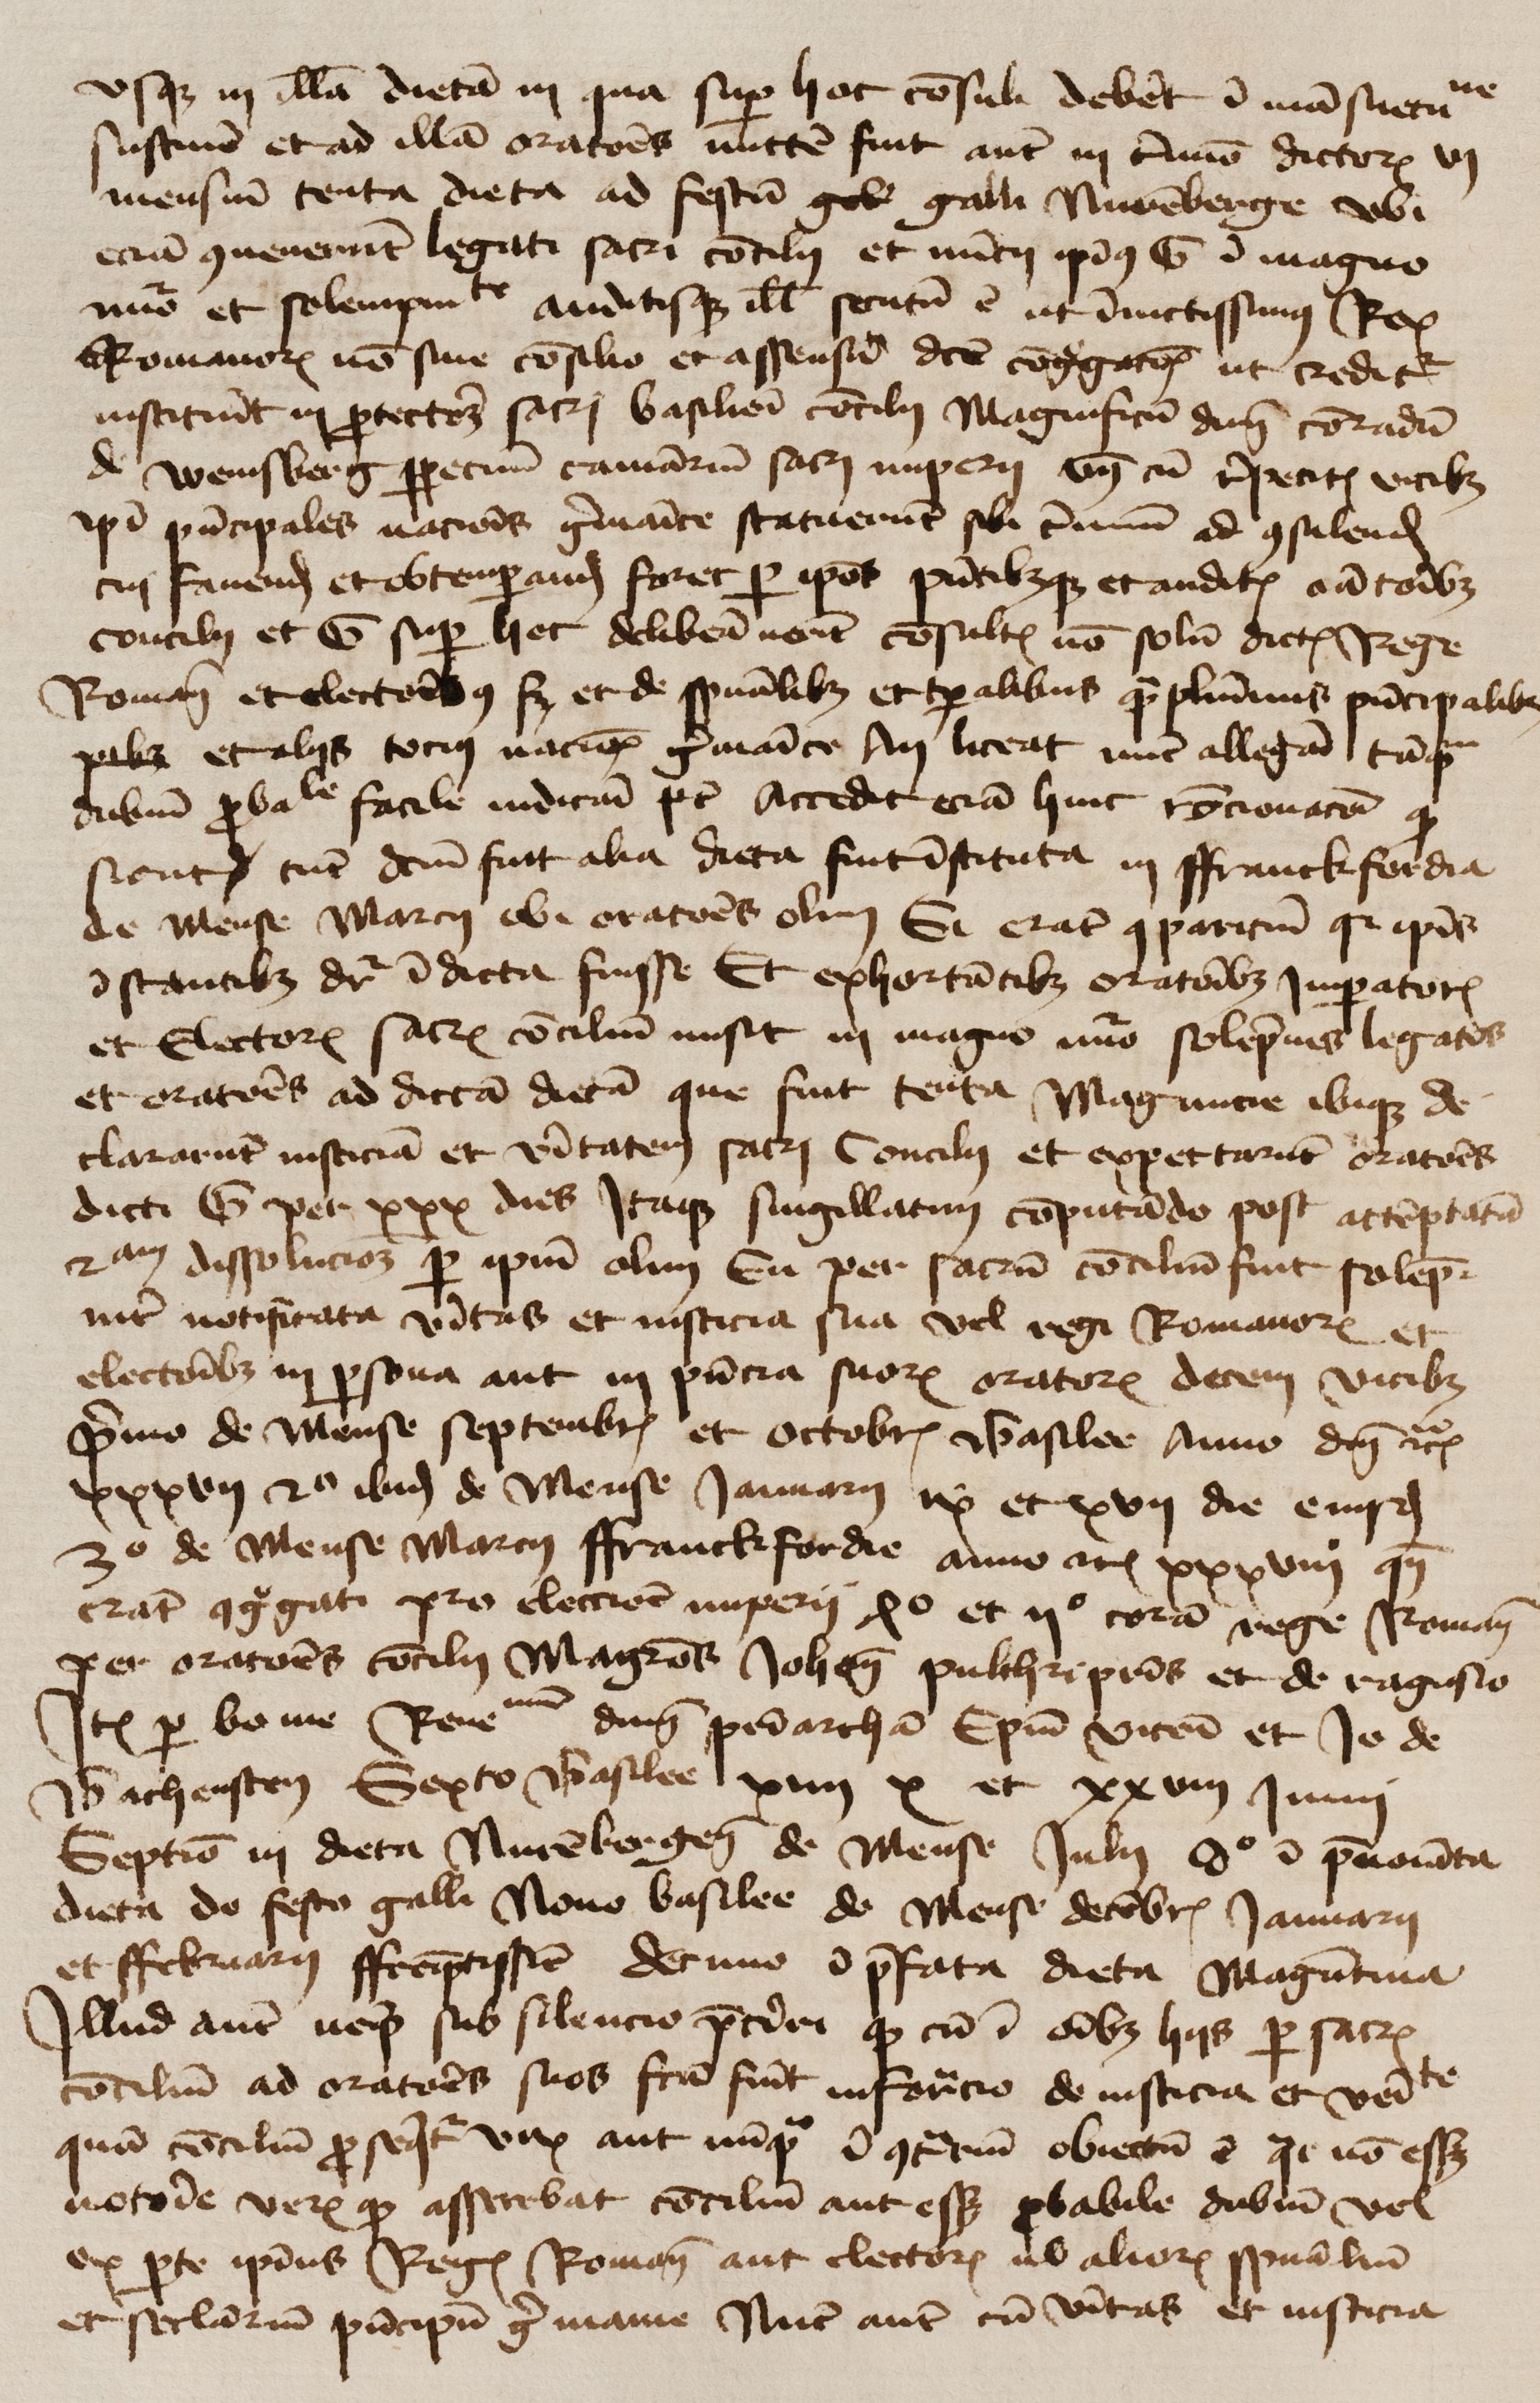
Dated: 1425–1449